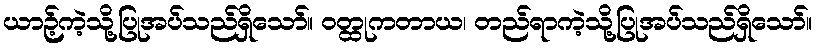
ယာဉ့်ကဲ့သို့ပြုအပ်သည်ရှိသော်။ ဝတ္ထုကတာယ၊ တည်ရာကဲ့သို့ပြုအပ်သည်ရှိသော်။